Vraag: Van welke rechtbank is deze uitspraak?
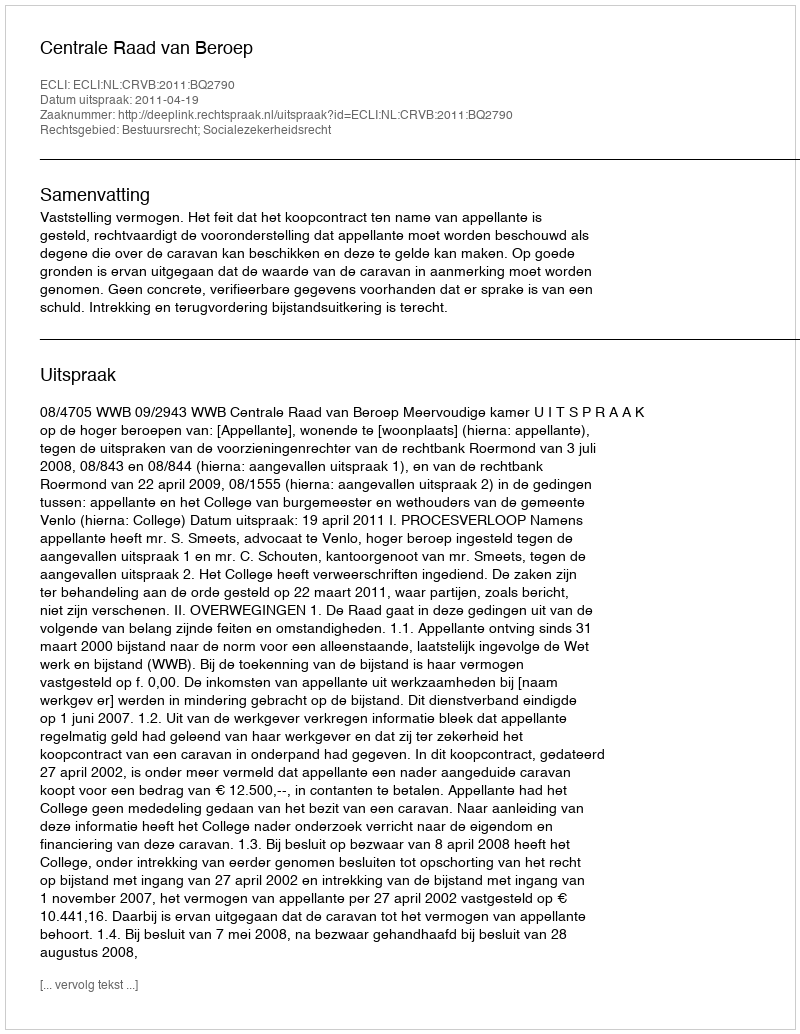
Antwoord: Centrale Raad van Beroep